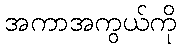
အကာအကွယ်ကို